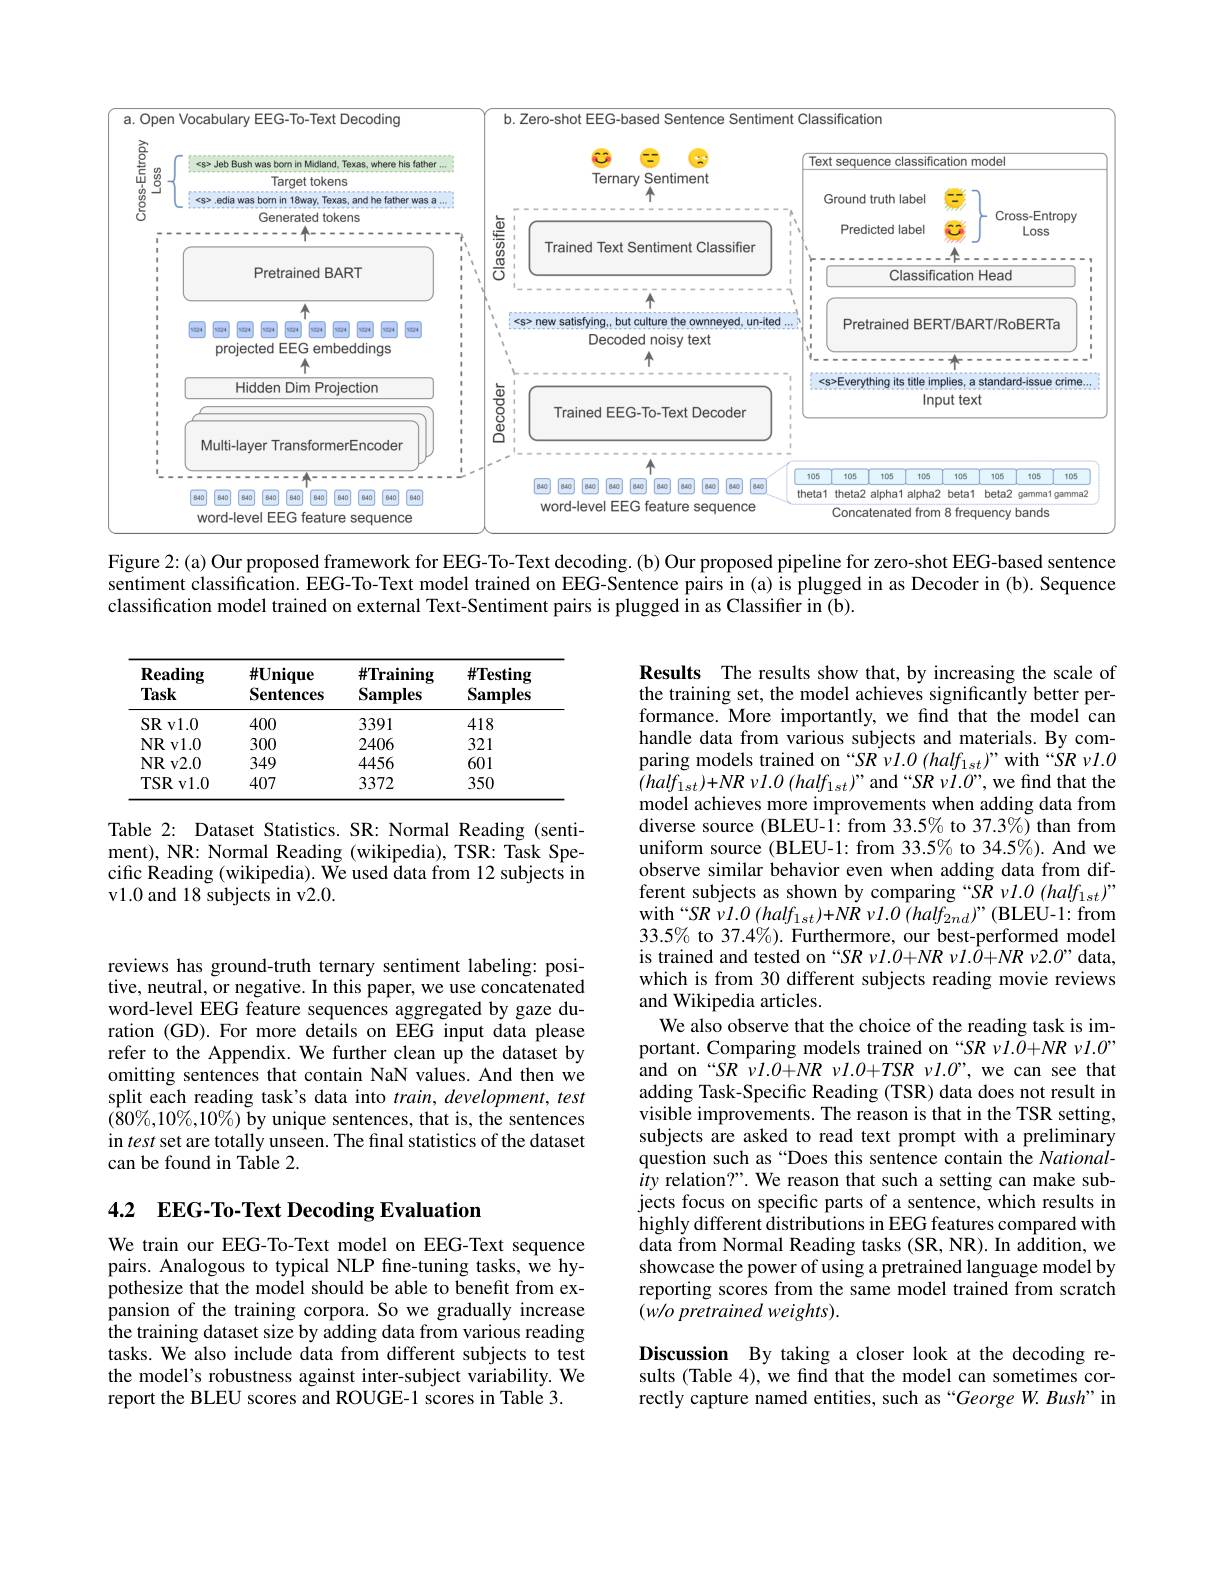
<FigureHere>

Figure 2:(a) Our proposed framework for EEG- To-Text decoding.(b) Our proposed pipeline for zero-shot EEG-based sentence sentiment classification. EEG-To-Text model trained on EEG-Sentence pairs in (a) is plugged in as Decoder in (b). Sequence classification model trained on external Text-Sentiment pairs is plugged in as Classifier in (b).

<table>
	<tbody>
		<tr>
			<th>$\mathbf{Reading}$ Task</th>
			<th>$\#\mathbf{Unique}$ Sentences</th>
			<th>$\#\mathbf{Training}$ $\mathbf{Samples}$</th>
			<th>$\#\mathbf{Testing}$ Samples</th>
		</tr>
		<tr>
			<td>SR v1. 0 </td>
			<td>400</td>
			<td>3391</td>
			<td>418</td>
		</tr>
		<tr>
			<td>$NR$ v1.0</td>
			<td>300</td>
			<td>2406</td>
			<td>321</td>
		</tr>
		<tr>
			<td>$NR$ $v2.0$</td>
			<td>349</td>
			<td>4456</td>
			<td>601</td>
		</tr>
		<tr>
			<td>$TSR$ $v1.0$</td>
			<td>407</td>
			<td>3372</td>
			<td>350</td>
		</tr>
	</tbody>
</table>

Table 2: Dataset Statistics. SR: Normal Reading (sentiment), NR: Normal Reading (wikipedia), TSR: Task Specific Reading (wikipedia). We used data from 12 subjects in v1.0 and 18 subjects in v2.0.

Results The results show that, by increasing the scale of the training set, the model achieves significantly better performance. More importantly, we find that the model can handle data from various subjects and materials. By comparing models trained on “SR vl.0 (half_{1st})”with“SR vl.0 $( half_{1st}) + NR\nu l. 0$ $( half_{1st}) ”$and“SR $\nu l.O”$,we find that the model achieves more improvements when adding data from diverse source (BLEU-1: from 33.5% to 37.3%) than from uniform source (BLEU-1: from 33.5% to 34.5%). And we observe similar behavior even when adding data from different subjects as shown by comparing “SR vl.0 (half_{1st})” with $“SR\nu l.O(half_{1st})+NR\nu l.O(half_{2nd})”($BLEU-1: from $33.5\%$ to 37.4%). Furthermore, our best-performed model is trained and tested on “SR $\nu l.0+NR$ $\nu l.\hat{O}+NR$ $\nu2.O”$ data, which is from 30 different subjects reading movie reviews and Wikipedia articles.
We also observe that the choice of the reading task is important. Comparing models trained on “SR $\nu I.O+NR$ $\nu I.O”$ and on “SR $\nu l.0+NR\nu l.0+TSR$ $\nu l.0”$, we can see that adding Task-Specific Reading (TSR) data does not result in visible improvements. The reason is that in the TSR setting, subjects are asked to read text prompt with a preliminary question such as “Does this sentence contain the Nationality relation?". We reason that such a setting can make subjects focus on specific parts of a sentence, which results in highly different distributions in EEG features compared with data from Normal Reading tasks (SR, NR). In addition, we showcase the power of using a pretrained language model by reporting scores from the same model trained from scratch $( w/ o\textit{ pretrained weights}) .$

reviews has ground-truth ternary sentiment labeling: positive, neutral, or negative. In this paper, we use concatenated word-level EEG feature sequences aggregated by gaze duration (GD). For more details on EEG input data please refer to the Appendix. We further clean up the dataset by omitting sentences that contain NaN values. And then we split each reading task's data into $train,development,test$ $(\tilde{8}0\%,10\%,10\%)$ by unique sentences, that is, the sentences in test set are totally unseen. The final statistics of the dataset can be found in Table 2.

## 4.2 EEG-To-Text Decoding Evaluation

We train our EEG-To-Text model on EEG-Text sequence pairs. Analogous to typical NLP fine-tuning tasks, we hypothesize that the model should be able to benefit from expansion of the training corpora. So we gradually increase the training dataset size by adding data from various reading tasks. We also include data from different subjects to test the model's robustness against inter-subject variability. We report the BLEU scores and ROUGE-1 scores in Table 3.

Discussion By taking a closer look at the decoding results (Table 4), we find that the model can sometimes correctly capture named entities, such as“George W. Bush”in